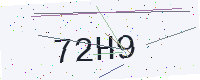
Text: 72H9